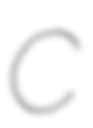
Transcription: C